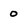
Character: 0